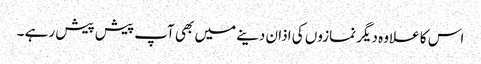
اس کا علاوہ دیگر نمازوں کی اذان دینے میں بھی آپ پیش پیش رہے ۔